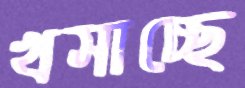
খসাচ্ছে